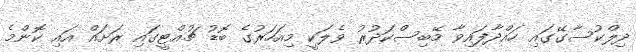
ދިލްކުސާގޭގައި ހައްދާފައިވާ މޭބިސްކަދުރު ވެލަކީ މިއަހަރުގެ ބޮޑު ޗުއްޓީގައި ރަށައް އައި ކޮންމެ